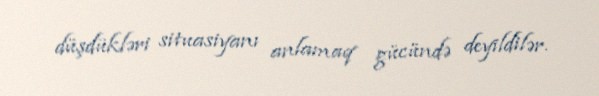
düşdükləri situasiyanı anlamaq gücündə deyildilər.